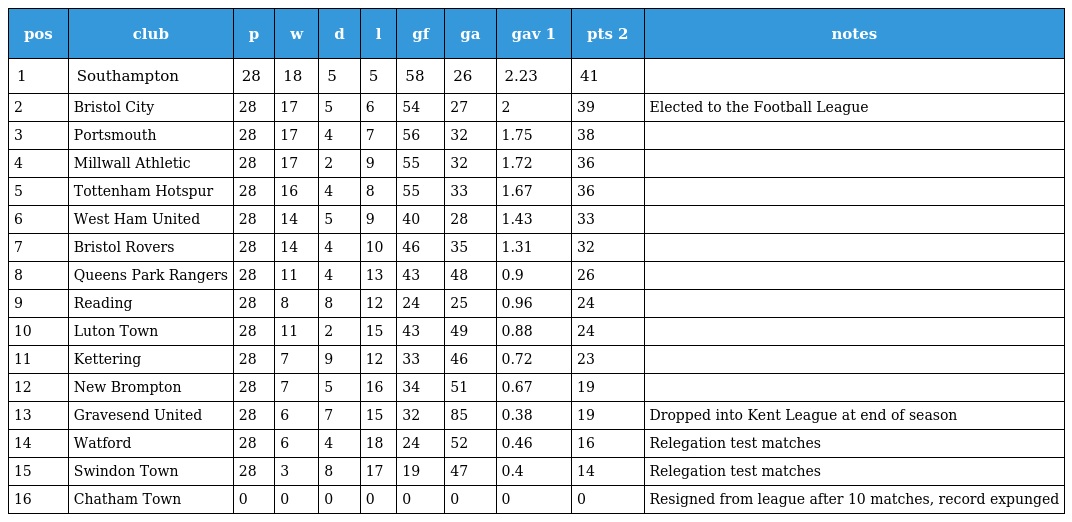
| pos | club | p | w | d | l | gf | ga | gav 1 | pts 2 | notes |
 | --- | --- | --- | --- | --- | --- | --- | --- | --- | --- | --- |
 | 1 | Southampton | 28 | 18 | 5 | 5 | 58 | 26 | 2.23 | 41 |  |
 | 2 | Bristol City | 28 | 17 | 5 | 6 | 54 | 27 | 2 | 39 | Elected to the Football League |
 | 3 | Portsmouth | 28 | 17 | 4 | 7 | 56 | 32 | 1.75 | 38 |  |
 | 4 | Millwall Athletic | 28 | 17 | 2 | 9 | 55 | 32 | 1.72 | 36 |  |
 | 5 | Tottenham Hotspur | 28 | 16 | 4 | 8 | 55 | 33 | 1.67 | 36 |  |
 | 6 | West Ham United | 28 | 14 | 5 | 9 | 40 | 28 | 1.43 | 33 |  |
 | 7 | Bristol Rovers | 28 | 14 | 4 | 10 | 46 | 35 | 1.31 | 32 |  |
 | 8 | Queens Park Rangers | 28 | 11 | 4 | 13 | 43 | 48 | 0.9 | 26 |  |
 | 9 | Reading | 28 | 8 | 8 | 12 | 24 | 25 | 0.96 | 24 |  |
 | 10 | Luton Town | 28 | 11 | 2 | 15 | 43 | 49 | 0.88 | 24 |  |
 | 11 | Kettering | 28 | 7 | 9 | 12 | 33 | 46 | 0.72 | 23 |  |
 | 12 | New Brompton | 28 | 7 | 5 | 16 | 34 | 51 | 0.67 | 19 |  |
 | 13 | Gravesend United | 28 | 6 | 7 | 15 | 32 | 85 | 0.38 | 19 | Dropped into Kent League at end of season |
 | 14 | Watford | 28 | 6 | 4 | 18 | 24 | 52 | 0.46 | 16 | Relegation test matches |
 | 15 | Swindon Town | 28 | 3 | 8 | 17 | 19 | 47 | 0.4 | 14 | Relegation test matches |
 | 16 | Chatham Town | 0 | 0 | 0 | 0 | 0 | 0 | 0 | 0 | Resigned from league after 10 matches, record expunged |